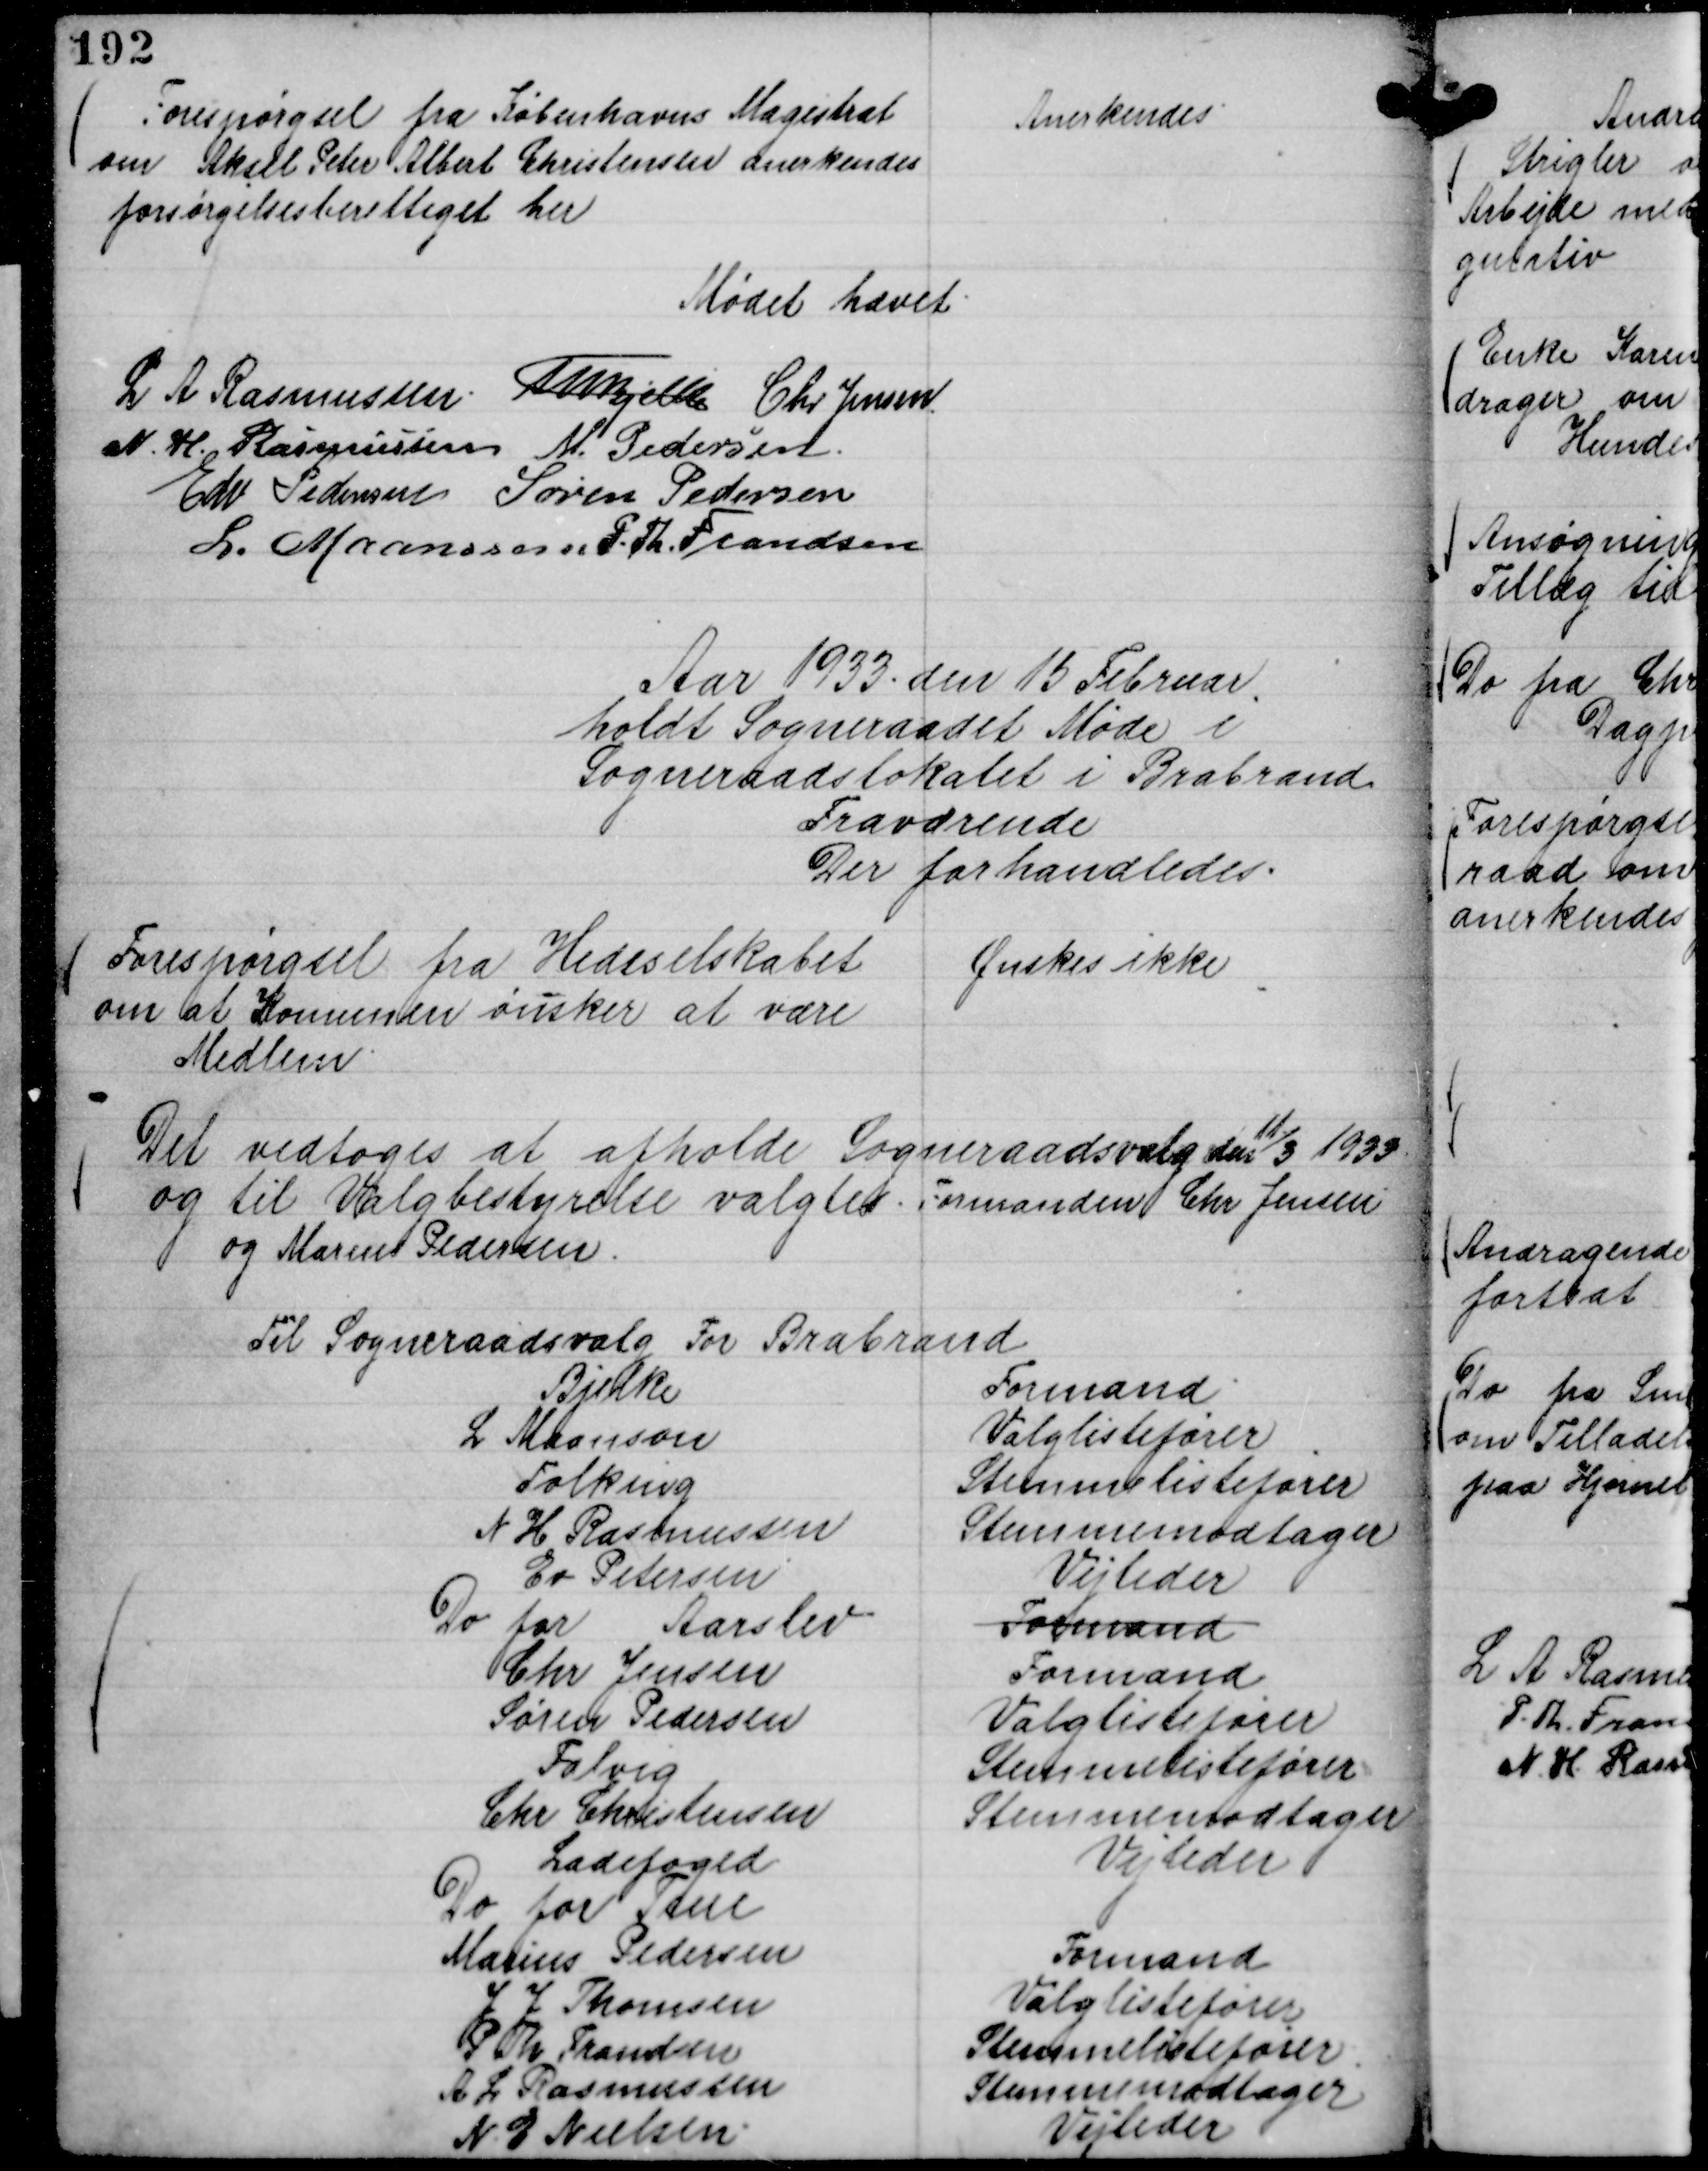
Transskription:
Forespørgsel fra Københavns Magistrat
om Aksel Peter Albert Christensen anerkendes
forsørgelsesberettiget her

Anerkendes

Mødet hævet.
L A Rasmussen.
Th Bjelke
Chr Jensen.
N. H. Rasmussen
M. Pedersen.
Edv Pedersen
Søren Pedersen
L. Maansson
P. Th. Frandsen

Aar 1933 . den 15 Februar .
holdt Sogneraadet Møde i
Sogneraadslokalet i Brabrand
Fraværende
Der forhandledes.

Forespørgsel fra Hedeselskabet
om at Komunen ønsker at være
Medlem.

Ønskes ikke

Det vedtoges at afholde Sogneraadsvalg den

11/3 1933
og til Valgbestyrelse valgtes. Formanden Chr Jensen
og Marius Pedersen.

Til Sogneraadsvalg For Brabrand
Bjelke
Formand
L Maanson
Valglistefører
Folking
Stemmelistefører
N H Rasmussen
Stemmemodtager
Ev Petersen
Vejleder
Do for Aarslev
Formand
Chr Jensen
Formand
Søren Pedersen
Valglistefører
Falvig
Stemmelistefører
Chr Christenen
Stemmemodtager
Ladefoged
Vejleder
Do for True
Marius Pedersen
Formand
J J Thomsen
Valglistefører
P Th Frandsen
Stemmelistefører
A L Rasmussen
Stemmemodtager
N. E Nielsen.
Vejleder